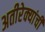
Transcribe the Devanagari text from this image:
अतीरेक्यांची